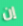
إن